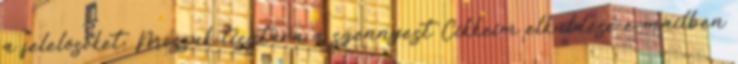
a felelősöket. Mossuk tisztára a szennyest Cikkeim elküldése e-mailben